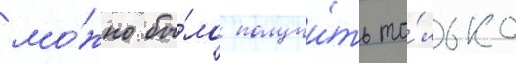
мо́жно бы́ло получи́ть то́лько